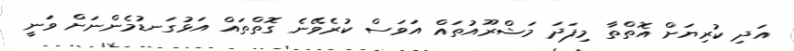
އަދި ކުރިޔަށް އޮތްތާ މިފަދަ މަޝްރޫއުތައް އަވަސް ކުރެވޭނެ ގޮތްތައް އަޅުގަނޑުމެންނަށް ވަނީ